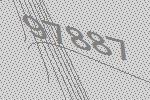
97887